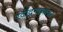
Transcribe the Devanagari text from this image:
रवींद्रनाथांवर